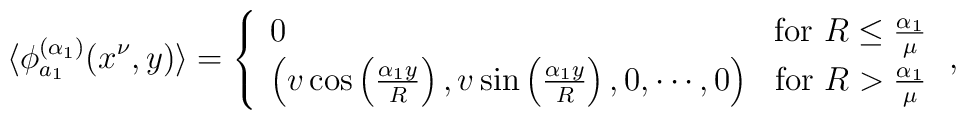
\langle\phi_{a_1}^{(\alpha_1)}(x^\nu,y)\rangle	=		\left\{		\begin{array}{lr}			0				& \mbox{for $R\leq\frac{\alpha_1}{\mu}$}		\\			\left(				v\cos\left(\frac{\alpha_1y}{R}\right),				v\sin\left(\frac{\alpha_1y}{R}\right),				0,\cdots,0			\right)				& \mbox{for $R>\frac{\alpha_1}{\mu}$}		\end{array}		\right.,